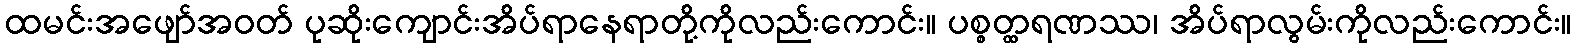
ထမင်းအဖျော်အဝတ် ပုဆိုးကျောင်းအိပ်ရာနေရာတို့ကိုလည်းကောင်း။ ပစ္စတ္ထရဏဿ၊ အိပ်ရာလွမ်းကိုလည်းကောင်း။